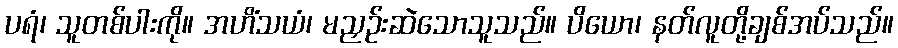
ပရံ၊ သူတစ်ပါးကို။ အဟိံသယံ၊ မညှဉ်းဆဲသောသူသည်။ ပိယော၊ နတ်လူတို့ချစ်အပ်သည်။